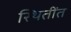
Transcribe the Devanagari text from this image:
स्थितींत